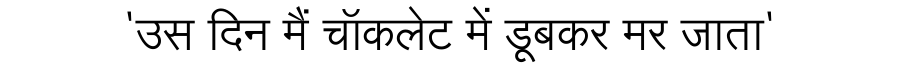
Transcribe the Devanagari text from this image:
'उस दिन मैं चॉकलेट में डूबकर मर जाता'